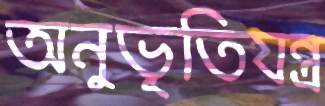
অনুভূতিযন্ত্র